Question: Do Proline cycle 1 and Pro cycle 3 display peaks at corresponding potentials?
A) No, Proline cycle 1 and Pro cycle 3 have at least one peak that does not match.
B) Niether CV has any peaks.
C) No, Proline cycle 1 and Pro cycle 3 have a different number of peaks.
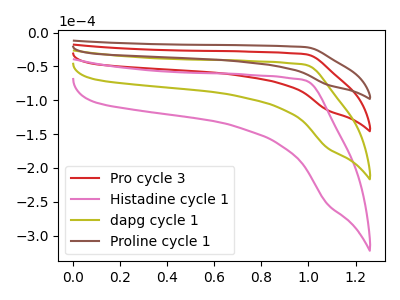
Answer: <think>The red curve "Pro cycle 3" has no peaks. The pink curve "Histadine cycle 1" has no peaks. The olive curve "dapg cycle 1" has no peaks. The brown curve "Proline cycle 1" has no peaks.</think>
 <answer>B) Niether CV has any peaks.</answer>
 <eval>B</eval>